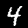
Digit: 4